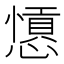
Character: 𢣁